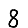
Digit: 8